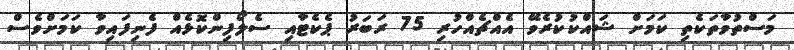
މަސްތުވާތަކެތި ކަމަށް ޝައްކުކުރެވޭ އެއްޗެއްހުރި 75 ރަބަރު ޕެކެޓާއި ސެލޯފިންކޮޅެއް ފެނިފައިވާ ކަމަށްވެސް